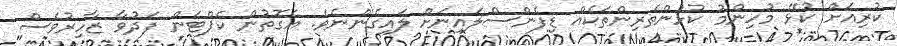
ކުރިއަށް ކުޅޭ މުހިންމު ކުޅުންތެރިންތަކެއް ޑިފެންސްލައިނަށް ލައިގެންނެވެ. އެގޮތުން ކެޕްޓަން ފަދުވާ ޒާހިރުވެސް